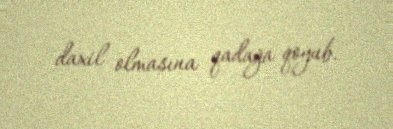
daxil olmasına qadağa qoyub.